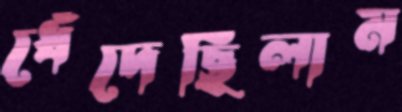
ধেঁদেছিলাম